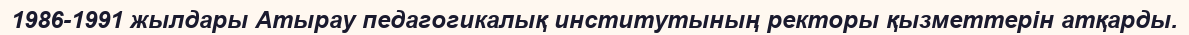
1986-1991 жылдары Атырау педагогикалық институтының ректоры қызметтерін атқарды.